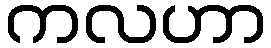
ကလဟာ